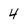
Character: 4